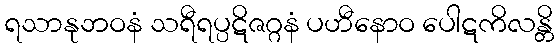
ရသာနုဘဝနံ သရီရပ္ပဋိဇဂ္ဂနံ ပဟီနောဝ ပေါဋကိလန္တိ